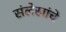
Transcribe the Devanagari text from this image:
संलेखांचे